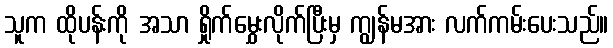
သူက ထိုပန်းကို အသာ ရှိုက်မွှေးလိုက်ပြီးမှ ကျွန်မအား လက်ကမ်းပေးသည်။